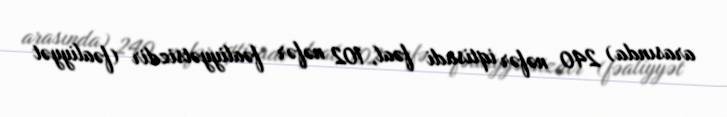
arasında) 240 nəfər iqtisadi fəal, 102 nəfər fəaliyyətsizdir (fəaliyyət